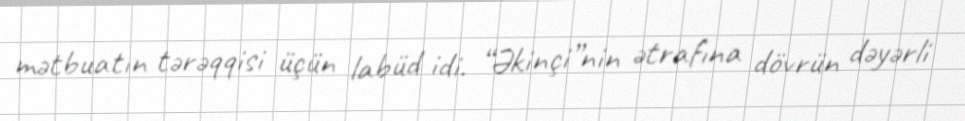
mətbuatın tərəqqisi üçün labüd idi. “Əkinçi”nin ətrafına dövrün dəyərli